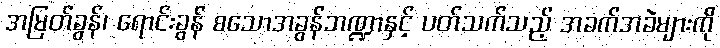
အမြတ်ခွန်၊ ရောင်းခွန် စသောအခွန်ဘဏ္ဍာနှင့် ပတ်သက်သည့် အခက်အခဲများကို